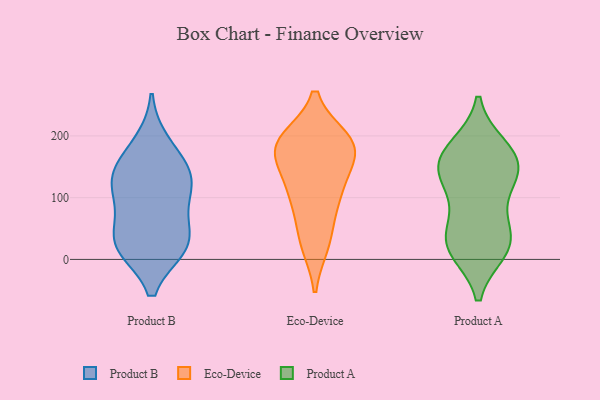
{"axis": {"x": "Budget (USD K)", "y": "Value"}, "legend": ["Eco-Device", "Product A", "Product B"], "data": [{"x": "", "y": 125, "type": "Product B"}, {"x": "", "y": 100, "type": "Product B"}, {"x": "", "y": 124, "type": "Product B"}, {"x": "", "y": 154, "type": "Product B"}, {"x": "", "y": 23, "type": "Product B"}, {"x": "", "y": 188, "type": "Product B"}, {"x": "", "y": 67, "type": "Product B"}, {"x": "", "y": 27, "type": "Product B"}, {"x": "", "y": 21, "type": "Product B"}, {"x": "", "y": 22, "type": "Product B"}, {"x": "", "y": 139, "type": "Product B"}, {"x": "", "y": 178, "type": "Eco-Device"}, {"x": "", "y": 27, "type": "Eco-Device"}, {"x": "", "y": 35, "type": "Eco-Device"}, {"x": "", "y": 185, "type": "Eco-Device"}, {"x": "", "y": 166, "type": "Eco-Device"}, {"x": "", "y": 102, "type": "Eco-Device"}, {"x": "", "y": 183, "type": "Eco-Device"}, {"x": "", "y": 113, "type": "Eco-Device"}, {"x": "", "y": 104, "type": "Eco-Device"}, {"x": "", "y": 185, "type": "Eco-Device"}, {"x": "", "y": 192, "type": "Eco-Device"}, {"x": "", "y": 32, "type": "Product A"}, {"x": "", "y": 181, "type": "Product A"}, {"x": "", "y": 179, "type": "Product A"}, {"x": "", "y": 122, "type": "Product A"}, {"x": "", "y": 153, "type": "Product A"}, {"x": "", "y": 18, "type": "Product A"}, {"x": "", "y": 89, "type": "Product A"}, {"x": "", "y": 149, "type": "Product A"}, {"x": "", "y": 141, "type": "Product A"}, {"x": "", "y": 37, "type": "Product A"}, {"x": "", "y": 30, "type": "Product A"}, {"x": "", "y": 155, "type": "Product A"}, {"x": "", "y": 16, "type": "Product A"}]}